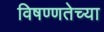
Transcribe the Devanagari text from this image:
विषण्णतेच्या